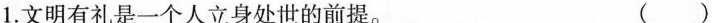
1. 文明有礼是一个人立身处世的前提。（）